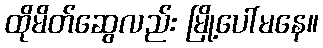
ထိုမိတ်ဆွေလည်း မြို့ပေါ်မနေ။